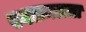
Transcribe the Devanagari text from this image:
स्वतन्त्राता